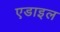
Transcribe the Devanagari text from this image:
एडाइल